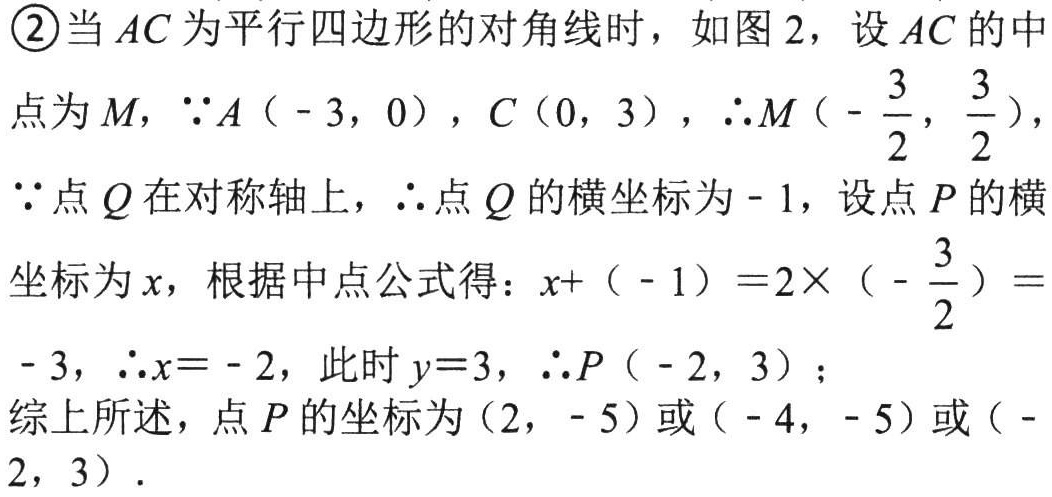
\textcircled{2}当$AC$为平行四边形的对角线时，如图2，设$AC$的中点为$M$，$\because A(-3,0)$，$C(0,3)$，$\therefore M(-\frac{3}{2},\frac{3}{2})$，
$\because$点$Q$在对称轴上，$\therefore$点$Q$的横坐标为$-1$，设点$P$的横坐标为$x$，根据中点公式得：$x+(-1)=2\times(-\frac{3}{2})=-3$，$\therefore x = - 2$，此时$y = 3$，$\therefore P(-2,3)$；
综上所述，点$P$的坐标为$(2,-5)$或$(-4,-5)$或$(-2,3)$.